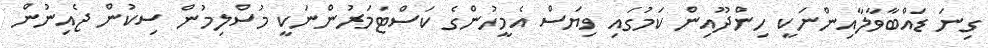
ގިނަ ޑައްބާވާލާއިންނަކީ ހިންދޫއިން ކަމުގައި ވިޔަސް އެމީހުންގެ ކަސްޓަމަރުންނަކީ މުސްލިމުން ސިކުން ޖެއިނުން